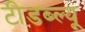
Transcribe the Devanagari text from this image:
टीडब्‍ल्‍यू